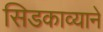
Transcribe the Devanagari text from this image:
सिडकाव्याने